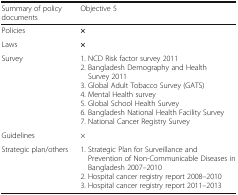
<table><thead><tr><td><b>Summary of policy documents</b></td><td><b>Objective 5</b></td></tr></thead><tbody><tr><td>Policies</td><td><b>×</b></td></tr><tr><td>Laws</td><td><b>×</b></td></tr><tr><td>Survey</td><td>1. NCD Risk factor survey 20112. Bangladesh Demography and Health Survey 20113. Global Adult Tobacco Survey (GATS)4. Mental Health survey5. Global School Health Survey6. Bangladesh National Health Facility Survey7. National Cancer Registry Survey</td></tr><tr><td>Guidelines</td><td>×</td></tr><tr><td>Strategic plan/others</td><td>1. Strategic Plan for Surveillance and Prevention of Non-Communicable Diseases in Bangladesh 2007–20102. Hospital cancer registry report 2008–20103. Hospital cancer registry report 2011–2013</td></tr></tbody></table>